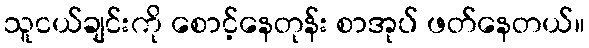
သူငယ်ချင်းကို စောင့်နေတုန်း စာအုပ် ဖတ်နေတယ်။